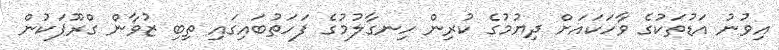
އިވުނު އަޑުތަކުގެ ވާހަކައަށް ދިޔުމުގެ ކުރިން ހިނގާލުމުގެ ފަހަތުބައިގައި ތިބި ޒުވާން ގްރޫޕަކުން